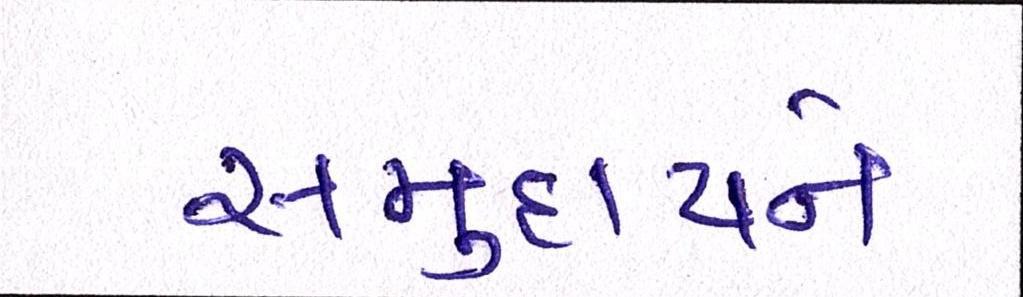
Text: સમુદાયને